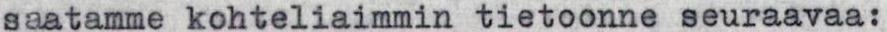
saatamme kohteliaimmin tietoonne seuraavaa: